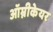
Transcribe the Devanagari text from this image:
ऑम्नीकेयर